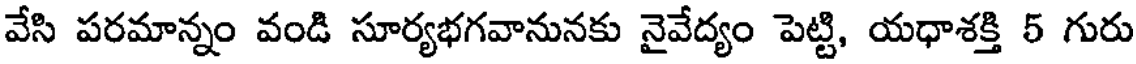
వేసి పరమాన్నం వండి సూర్యభగవానునకు నైవేద్యం పెట్టి, యధాశక్తి 5 గురు